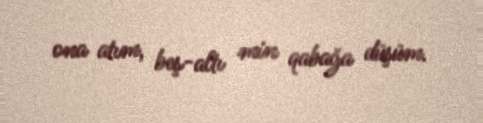
ona atım, beş-altı min qabağa düşüm.